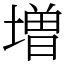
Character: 増